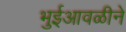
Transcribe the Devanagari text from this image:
भुईआवळीने